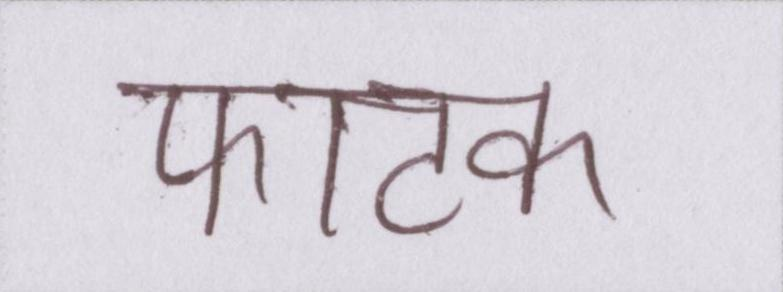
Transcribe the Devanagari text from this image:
फाटक